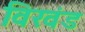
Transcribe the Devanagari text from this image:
विखंड